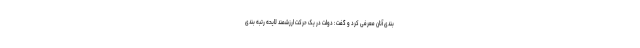
بندی آنان معرفی کرد و گفت : دولت در یک حرکت ارزشمند لایحه رتبه بندی